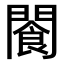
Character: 𫔨